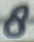
Text: 8